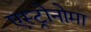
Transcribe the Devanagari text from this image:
एस्ट्रोनोमा